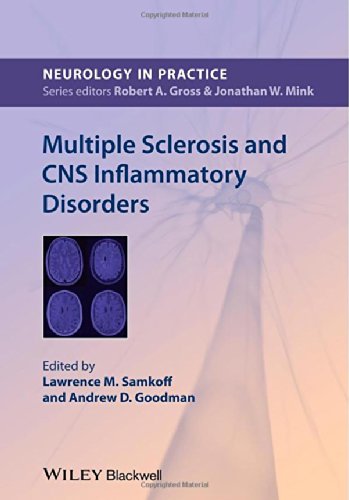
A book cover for Multiple Sclerosis and CNS Inflammatory Disorders (Neurology in Practice); Health, Fitness & Dieting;